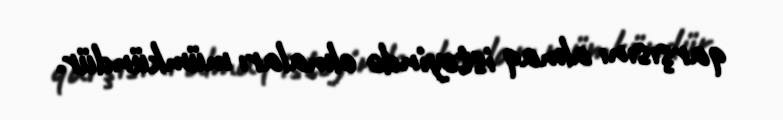
qarşısını almaq istəyində olmaları mümkündür.